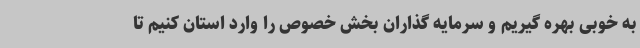
به خوبی بهره گیریم و سرمایه گذاران بخش خصوص را وارد استان کنیم تا